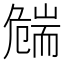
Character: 𦓛